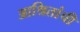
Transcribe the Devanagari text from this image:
आश्रितांची